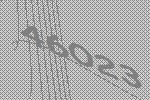
46023